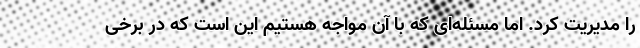
را مدیریت کرد. اما مسئله‌ای که با آن مواجه هستیم این است که در برخی